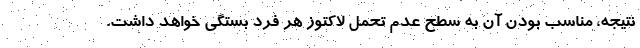
نتیجه، مناسب بودن آن به سطح عدم تحمل لاکتوز هر فرد بستگی خواهد داشت.